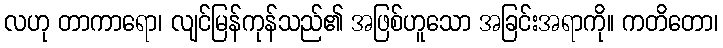
လဟု တာကာရော၊ လျင်မြန်ကုန်သည်၏ အဖြစ်ဟူသော အခြင်းအရာကို။ ကတိတော၊